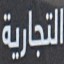
التجاریة